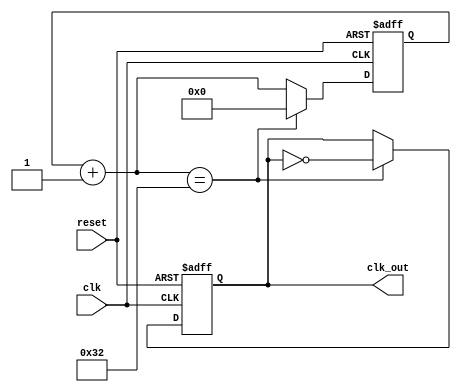
module clock_div
#(parameter WIDTH = 32, parameter DIV = 50)
(
	input clk, reset,
	
	output clk_out
);

	reg [WIDTH - 1: 0] r_reg;
	wire [WIDTH - 1: 0] r_nxt;
	
	reg clk_track;
	
	always @(posedge clk or posedge reset)
		begin
			if(reset)
				begin
					r_reg <= 0;
					clk_track <= 1'b0;
				end
			else if(r_nxt == DIV)
				begin
					r_reg <= 0;
					clk_track <= ~clk_track;
				end
			else
				r_reg <= r_nxt;
		end
		
		assign r_nxt = r_reg + 1;
		assign clk_out = clk_track;

endmodule